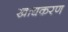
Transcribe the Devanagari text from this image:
खाद्यकरण